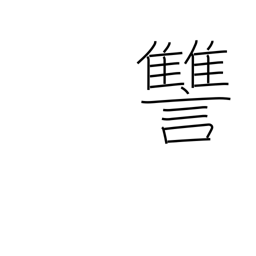
Meaning: revenge